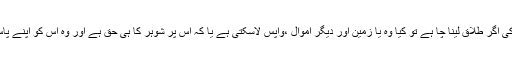
سوال:۱- ایک لڑکی اگر طلاق لینا چا ہے تو کیا وہ یا زمین اور دیگر اموال ،واپس لاسکتی ہے یا کہ اس پر شوہر کا ہی حق ہے اور وہ اس کو اپنے پاس رکھ سکتاہے ۔